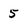
Character: 5